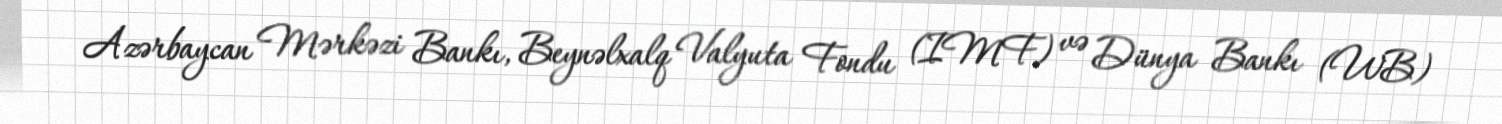
Azərbaycan Mərkəzi Bankı, Beynəlxalq Valyuta Fondu (IMF) və Dünya Bankı (WB)